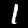
Label: 1